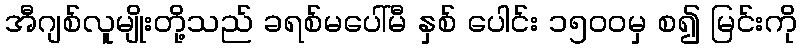
အီဂျစ်လူမျိုးတို့သည် ခရစ်မပေါ်မီ နှစ် ပေါင်း ၁၅၀၀မှ စ၍ မြင်းကို